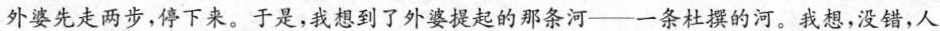
外婆先走两步，停下来。于是，我想到了外婆提起的那条河——一条杜撰的河。我想，没错，人